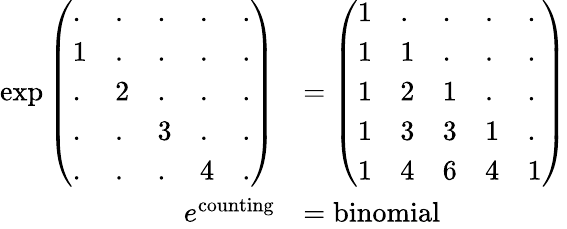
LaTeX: {\begin{array}{rl}{\exp{\left(\begin{array}{lllll}{.}&{.}&{.}&{.}&{.}\\ {1}&{.}&{.}&{.}&{.}\\ {.}&{2}&{.}&{.}&{.}\\ {.}&{.}&{3}&{.}&{.}\\ {.}&{.}&{.}&{4}&{.}\end{array}\right)}}&{={\left(\begin{array}{lllll}{1}&{.}&{.}&{.}&{.}\\ {1}&{1}&{.}&{.}&{.}\\ {1}&{2}&{1}&{.}&{.}\\ {1}&{3}&{3}&{1}&{.}\\ {1}&{4}&{6}&{4}&{1}\end{array}\right)}}\\ {e^{\mathrm{counting}}}&{={\mathrm{binomial}}}\end{array}}